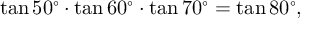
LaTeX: \tan 5 0 ^ { \circ } \cdot \tan 6 0 ^ { \circ } \cdot \tan 7 0 ^ { \circ } = \tan 8 0 ^ { \circ } ,